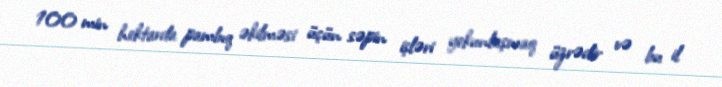
100 min hektarda pambıq əkilməsi üçün səpin işləri yekunlaşmaq üzrədir və bu il